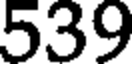
539